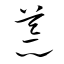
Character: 荒